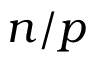
n / p